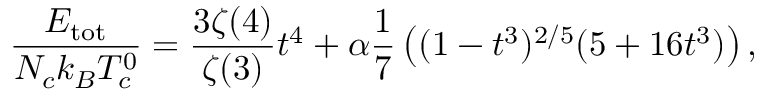
\small \frac { E _ { \mathrm { t o t } } } { N _ { c } k _ { B } T _ { c } ^ { 0 } } = \frac { 3 \zeta ( 4 ) } { \zeta ( 3 ) } t ^ { 4 } + \alpha \frac { 1 } { 7 } \left( ( 1 - t ^ { 3 } ) ^ { 2 / 5 } ( 5 + 1 6 t ^ { 3 } ) \right) ,